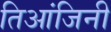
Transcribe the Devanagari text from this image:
तिआंजिनी